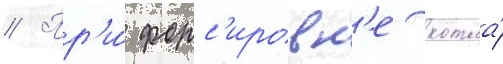
// Пр'и́ форс'ировк'е котла́